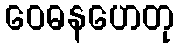
ဝေဓနဟေတု